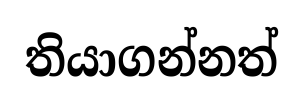
තියාගන්නත්